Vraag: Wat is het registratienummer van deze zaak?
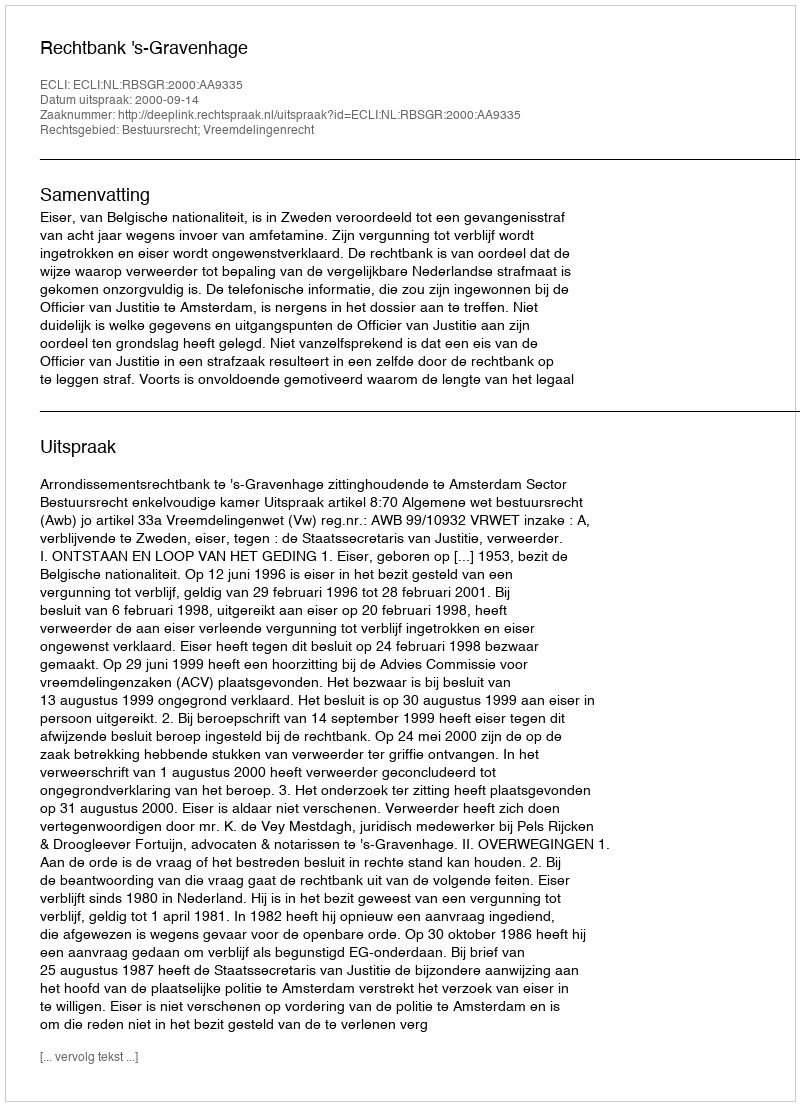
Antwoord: http://deeplink.rechtspraak.nl/uitspraak?id=ECLI:NL:RBSGR:2000:AA9335